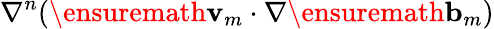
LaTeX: \nabla^{n}(\ensuremath{\mathbf{v}}_{m}\cdot\nabla\ensuremath{\mathbf{b}}_{m})